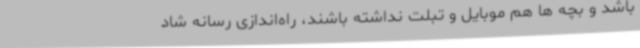
باشد و بچه ها هم موبایل و تبلت نداشته باشند، راه‌اندازی رسانه شاد